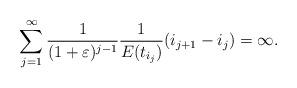
LaTeX: \begin{align*} \sum_{j = 1}^{\infty} \frac{1}{(1+\varepsilon)^{j-1}}\frac{1}{E(t_{i_{j}})} (i_{j+1} - i_j) = \infty. \end{align*}